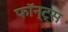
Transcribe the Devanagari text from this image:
फॉन्ट्स